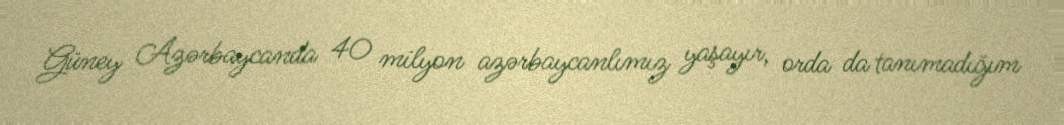
Güney Azərbaycanda 40 milyon azərbaycanlımız yaşayır, orda da tanımadığım